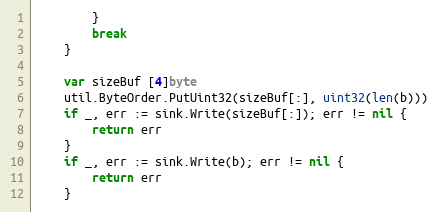
Language: Go
		}
		break
	}

	var sizeBuf [4]byte
	util.ByteOrder.PutUint32(sizeBuf[:], uint32(len(b)))
	if _, err := sink.Write(sizeBuf[:]); err != nil {
		return err
	}
	if _, err := sink.Write(b); err != nil {
		return err
	}